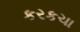
કરકચા